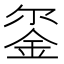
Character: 𮷯